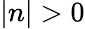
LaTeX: |n|>0